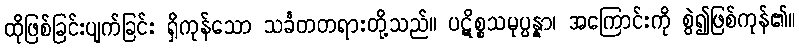
ထိုဖြစ်ခြင်းပျက်ခြင်း ရှိကုန်သော သင်္ခတတရားတို့သည်။ ပဋိစ္စသမုပ္ပန္နာ၊ အကြောင်းကို စွဲ၍ဖြစ်ကုန်၏။